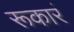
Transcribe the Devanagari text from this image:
रूकारं